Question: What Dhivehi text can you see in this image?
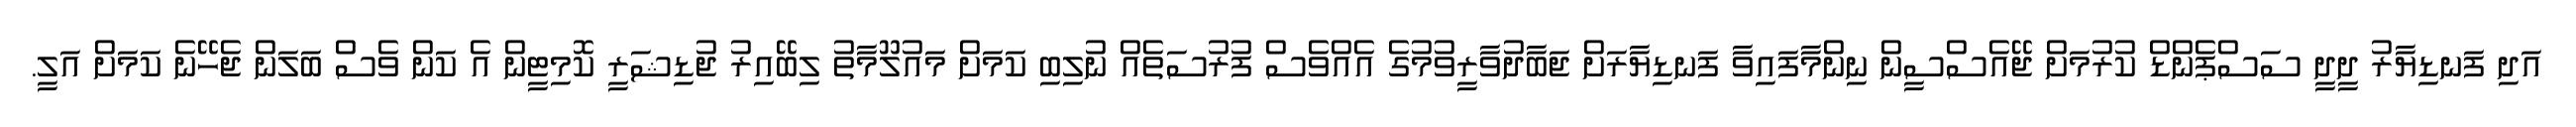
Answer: އަދި ފަނޑިޔާރު ދީދީ ސަސްޕެންޑް ކުރުމަށް ޖޭއެސްސީން ނިންމާފައިވާ ފަނޑިޔާރަށް ޖަބާދުވާރީވުމުގެ އެއްވެސް ފުރުސަތެއް ނުލިބި ކަމަށް މައުލޫމާތު ލިބޭއިރު ޖުޑިޝަރީ ކޮމިޓީން އެ ކަން ވެސް ބަލަން ޖެހޭނެ ކަމަށް އަލީ.